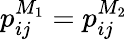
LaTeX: p_{ij}^{M_{1}}=p_{ij}^{M_{2}}